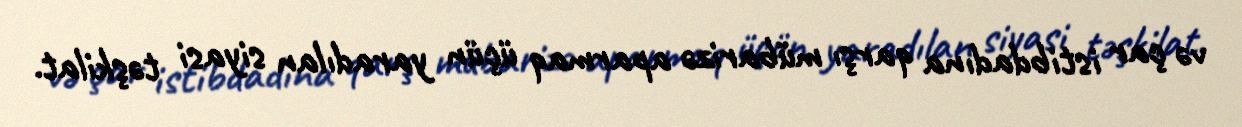
və çar istibdadına qarşı mübarizə aparmaq üçün yaradılan siyasi təşkilat.